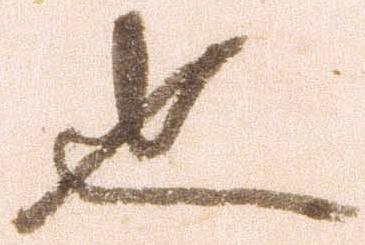
也